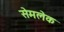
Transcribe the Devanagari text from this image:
सेमलेक